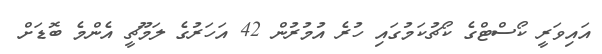
އައިވަރީ ކޯސްޓްގެ ކޯޗުކަމުގައި ހުރެ އުމުރުން 42 އަހަރުގެ ލަމޫޗީ އެންމެ ބޮޑަށް